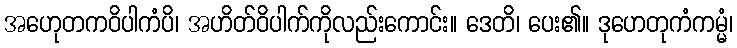
အဟေုတကဝိပါကံပိ၊ အဟိတ်ဝိပါက်ကိုလည်းကောင်း။ ဒေတိ၊ ပေး၏။ ဒုဟေတုကံကမ္မံ၊